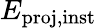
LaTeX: E_{\mathrm{proj,inst}}